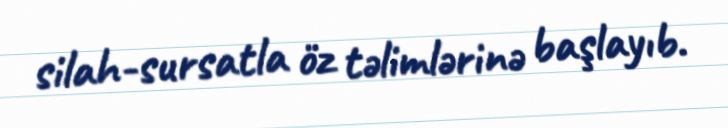
silah-sursatla öz təlimlərinə başlayıb.